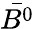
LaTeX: \bar{B^{0}}